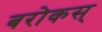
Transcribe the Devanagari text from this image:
बरोकस्